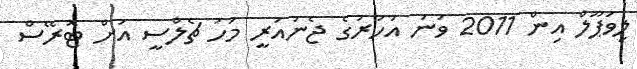
ލިވަޕޫލް އިން 2011 ވަނަ އަހަރުގެ ޖެނުއަރީ މަހު ޗެލްސީ އަށް ޓޮރޭސް